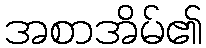
အစာအိမ်၏